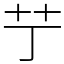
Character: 艼